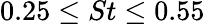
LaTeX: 0.25\leq St\leq 0.55